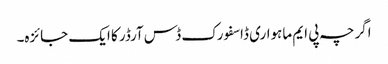
اگرچہ پی ایم ماہواری ڈاسفورک ڈس آرڈر کا ایک جائزہ۔